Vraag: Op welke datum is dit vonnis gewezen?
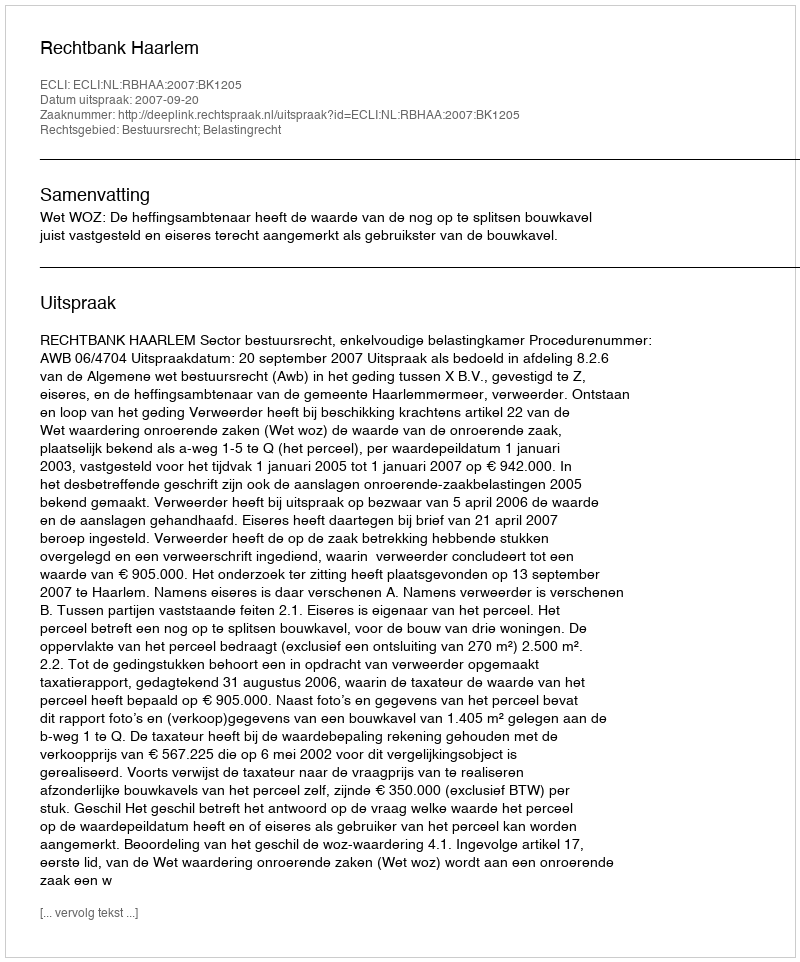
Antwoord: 2007-09-20